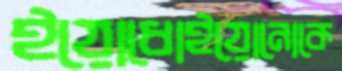
ইয়োধোইয়োনোকে